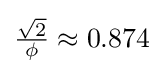
{\tfrac {\sqrt {2}}{\phi }}\approx 0.874